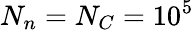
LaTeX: N_{n}=N_{C}=10^{5}